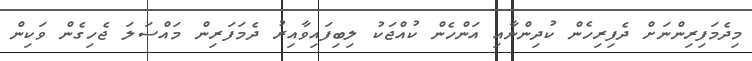
މިދެމަފިރިންނަށް ދެފިރިހެން ކުދިންނާއި އަންހެން ކުއްޖަކު ލިބިފައިވާއިރު ދެމަފަރިން މައްސަލަ ޖެހިގެން ވަކިން